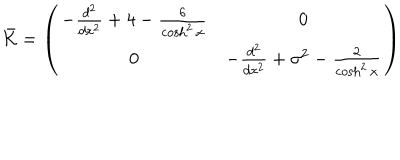
\bar { \cal K } = \left( \begin{array} { c c } { { - \frac { d ^ { 2 } } { d x ^ { 2 } } + 4 - \frac { 6 } { \cosh ^ { 2 } x } } } & { { 0 } } \\ { { 0 } } & { { - \frac { d ^ { 2 } } { d x ^ { 2 } } + \sigma ^ { 2 } - \frac { 2 } { \cosh ^ { 2 } x } } } \\ \end{array} \right)